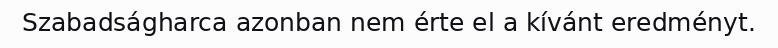
Szabadságharca azonban nem érte el a kívánt eredményt.